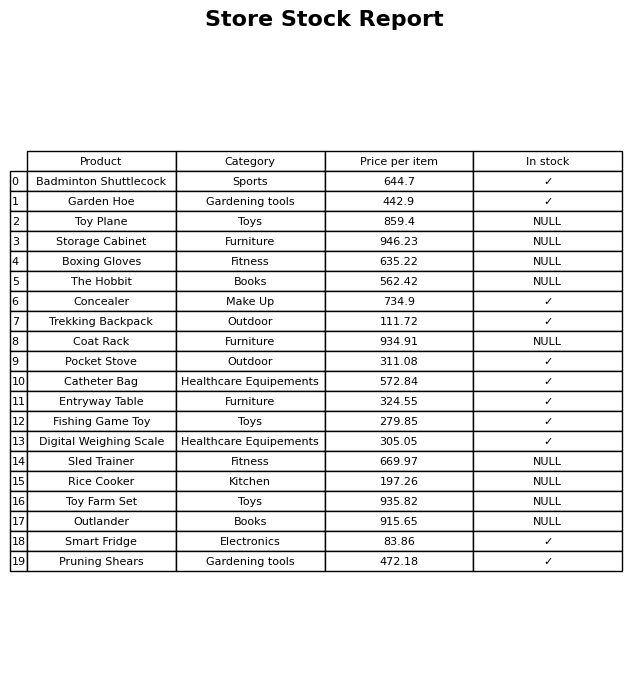
question: Which products are available in stock?
answer: Badminton Shuttlecock, Garden Hoe, Concealer, Trekking Backpack, Pocket Stove, Catheter Bag, Entryway Table, Fishing Game Toy, Digital Weighing Scale, Smart Fridge, Pruning Shears